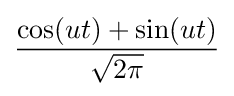
{\frac {\cos(ut)+\sin(ut)}{\sqrt {2\pi }}}